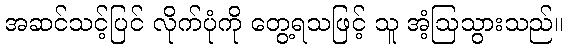
အဆင်သင့်ပြင် လိုက်ပုံကို တွေ့ရသဖြင့် သူ အံ့ဩသွားသည်။